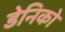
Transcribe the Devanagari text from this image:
डेनिको